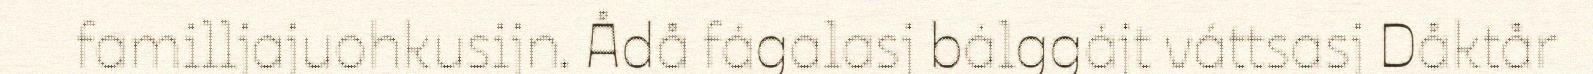
familljajuohkusijn. Ådå fágalasj bálggájt váttsasj Dåktår